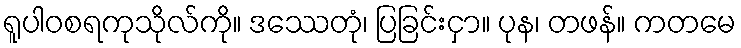
ရူပါဝစရကုသိုလ်ကို။ ဒဿေတုံ၊ ပြခြင်းငှာ။ ပုန၊ တဖန်။ ကတမေ